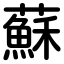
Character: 蘇